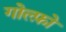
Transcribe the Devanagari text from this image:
गोल्फ़ो